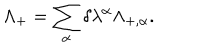
LaTeX: \Lambda _ { + } = \sum _ { \alpha } \delta \lambda ^ { \alpha } \Lambda _ { + , \alpha } .